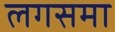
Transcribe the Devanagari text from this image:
लगसमा